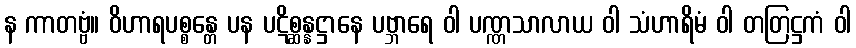
န ကာတဗ္ဗံ။ ဝိဟာရပစ္စန္တေ ပန ပဋိစ္ဆန္နဋ္ဌာနေ ပဗ္ဘာရေ ဝါ ပဏ္ဏသာလာယ ဝါ သံဟာရိမံ ဝါ တတြဋ္ဌကံ ဝါ